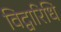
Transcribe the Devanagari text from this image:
विद्वारिधि